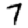
Digit: 7